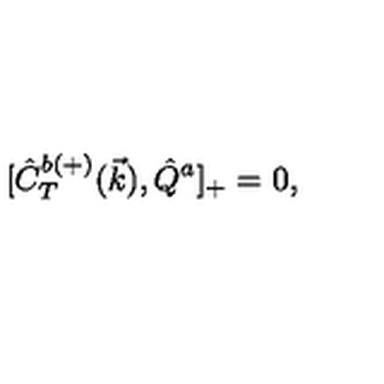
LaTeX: { [ } \hat { C } _ { T } ^ { b ( + ) } ( \vec { k } ) , \hat { Q } ^ { a } ] _ { + } = 0 ,